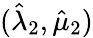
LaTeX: (\hat{\lambda}_{2},\hat{\mu}_{2})